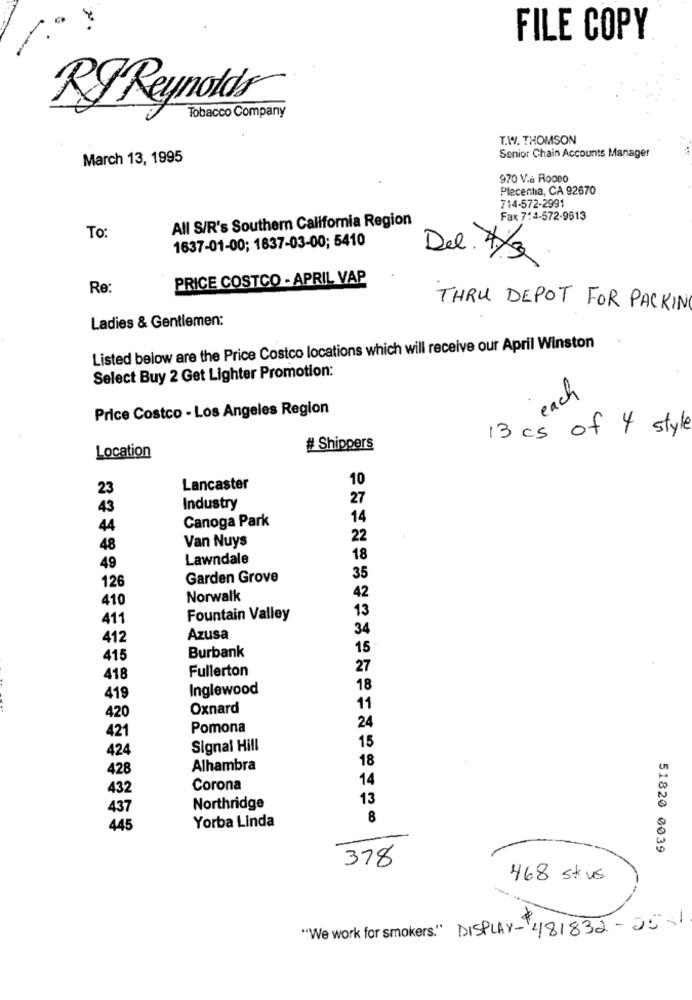
FILE COPY
RJ Reynolds
Tobacco Company
T.W. THOMSON
March 13, 1995
Senior Chain Accounts Manager
970 V.a Rodeo
Placentia, CA 92670
714-572-2991
All S/R's Southern California Region
Fax 7:4-572-9613
To:
1637-01-00; 1837-03-00; 5410
Del. 4/3
PRICE COSTCO - APRIL VAP
Re:
THRU DEPOT FOR PACKING
Ladies & Gentlemen:
Listed below are the Price Costco locations which will receive our April Winston
Select Buy 2 Get Lighter Promotion:
each
Price Costco - Los Angeles Region
13 cs of 4 style
# Shippers
Location
10
23
Lancaster
27
43
Industry
Canoga Park
14
44
Van Nuys
22
48
Lawndale
18
49
Garden Grove
35
126
410
Norwalk
42
13
411
Fountain Valley
34
412
Azusa
15
415
Burbank
Fullerton
27
418
Inglewood
18
419
420
Oxnard
11
24
Pomona
421
15
424
Signal Hill
18
428
Alhambra
14
432
Corona
13
437
Northridge
8
445
Yorba Linda
51820 0039
378
468 skus
"We work for smokers." DISPLAY-481832-25-1